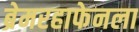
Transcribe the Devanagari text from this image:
ब्रेमरहाफेनला